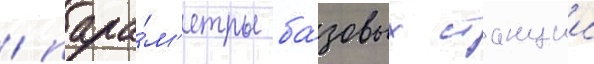
/ пара́м'етры ба́зовых станции